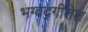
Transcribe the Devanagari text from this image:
भग्वद्गीतेत